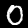
Digit: 0